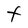
Character: F